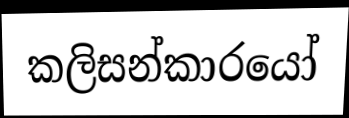
කලිසන්කාරයෝ